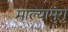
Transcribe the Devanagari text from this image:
माल्यामुंगु